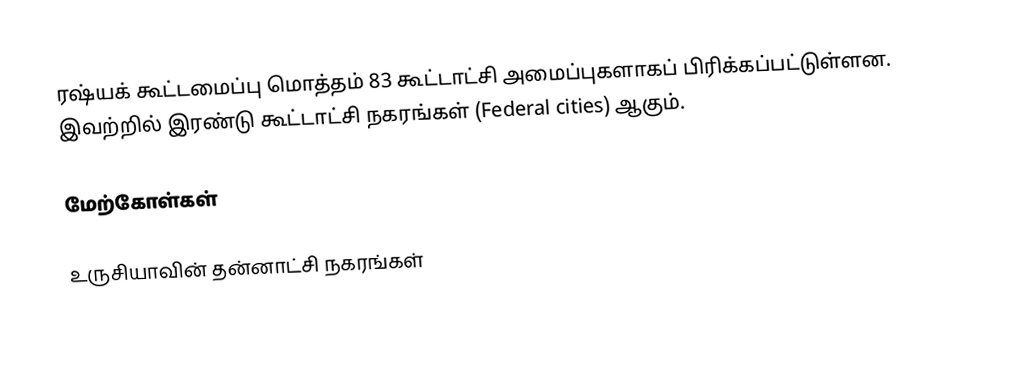
ரஷ்யக் கூட்டமைப்பு மொத்தம் 83 கூட்டாட்சி அமைப்புகளாகப் பிரிக்கப்பட்டுள்ளன. இவற்றில் இரண்டு கூட்டாட்சி நகரங்கள் (Federal cities) ஆகும்.

மேற்கோள்கள்

உருசியாவின் தன்னாட்சி நகரங்கள்